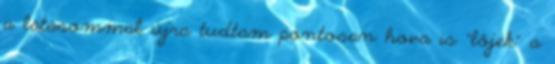
a látásommal újra tudtam pontosan hova is "lőjek" a